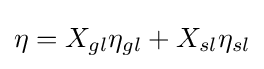
\eta =X_{gl}\eta _{gl}+X_{sl}\eta _{sl}